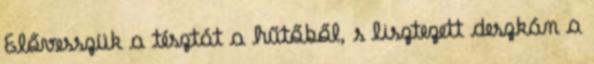
Elővesszük a tésztát a hűtőből, s lisztezett deszkán a